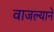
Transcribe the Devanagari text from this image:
वाजल्याने